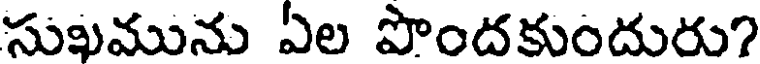
సుఖమును ఏల పొందకుందురు?